Scottish Leaving Certificate Examination, 1955
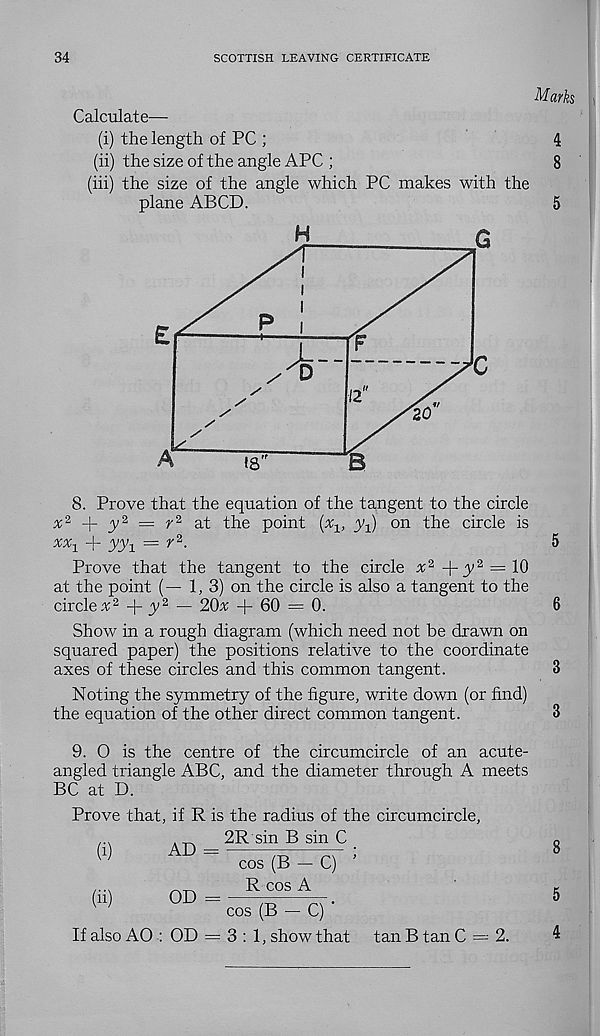
34
SCOTTISH LEAVING CERTIFICATE
Calculate—
(i) the length of PC ;
(ii) the size of the angle APC ;
(iii) the size of the angle which PC makes with the
plane ABCD.
Marks
4
8
P
A
D
12
20
*8
8. Prove that the equation of the tangent to the circle
x z
y* = r*
the point (aq, y-^ on the circle is
xx 1 + yy x ■ r 2 .
5
Prove that the tangent to the circle x 2 y 2 = 10
at the point (— 1, 3) on the circle is also a tangent to the
circle x 2
y 2 — 2Cbc -|- 60 = 0.
6
Show in a rough diagram (which need not be drawn on
squared paper) the positions relative to the coordinate
axes of these circles and this common tangent.
3
Noting the symmetry of the figure, write down (or find)
the equation of the other direct common tangent.
3
9. O is the centre of the circumcircle of an acute-
angled triangle ABC, and the diameter through A meets
BC at D.
Prove that, if R is the radius of the circumcircle,
2R sin B sin C
(i)
(ii)
AD =
OD
cos (B — C)
R cos A
cos (B — C) ’
If also AO : OD = 3:1, show that tan B tan C — 2.